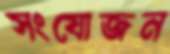
সংযোজন